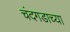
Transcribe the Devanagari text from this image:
चंदगडाच्या